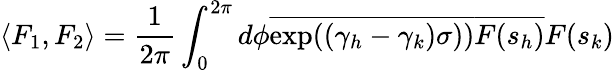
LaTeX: \langle F_{1},F_{2}\rangle=\frac{1}{2\pi}\int_{0}^{2\pi}d\phi\overline{{{\exp((\gamma_{h}-\gamma_{k})\sigma))}}}\overline{{{F(s_{h})}}}F(s_{k})